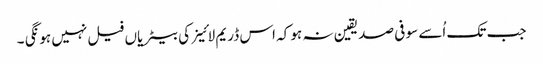
جب تک اُسے سو فی صد یقین نہ ہو کہ اس ڈریم لائینر کی بیٹریاں فیل نہیں ہونگی ۔